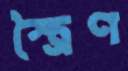
স্ত্রৈণ